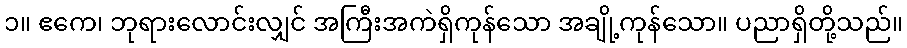
၁။ ဧကေ၊ ဘုရားလောင်းလျှင် အကြီးအကဲရှိကုန်သော အချို့ကုန်သော။ ပညာရှိတို့သည်။